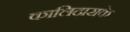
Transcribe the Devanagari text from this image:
कालिदासके